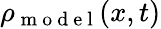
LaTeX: \rho_{\mathrm{~m~o~d~e~l~}}(x,t)